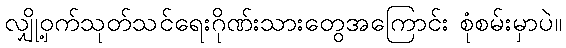
လျှို့ဝှက်သုတ်သင်ရေးဂိုဏ်းသားတွေအကြောင်း စုံစမ်းမှာပဲ။